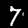
Digit: 7